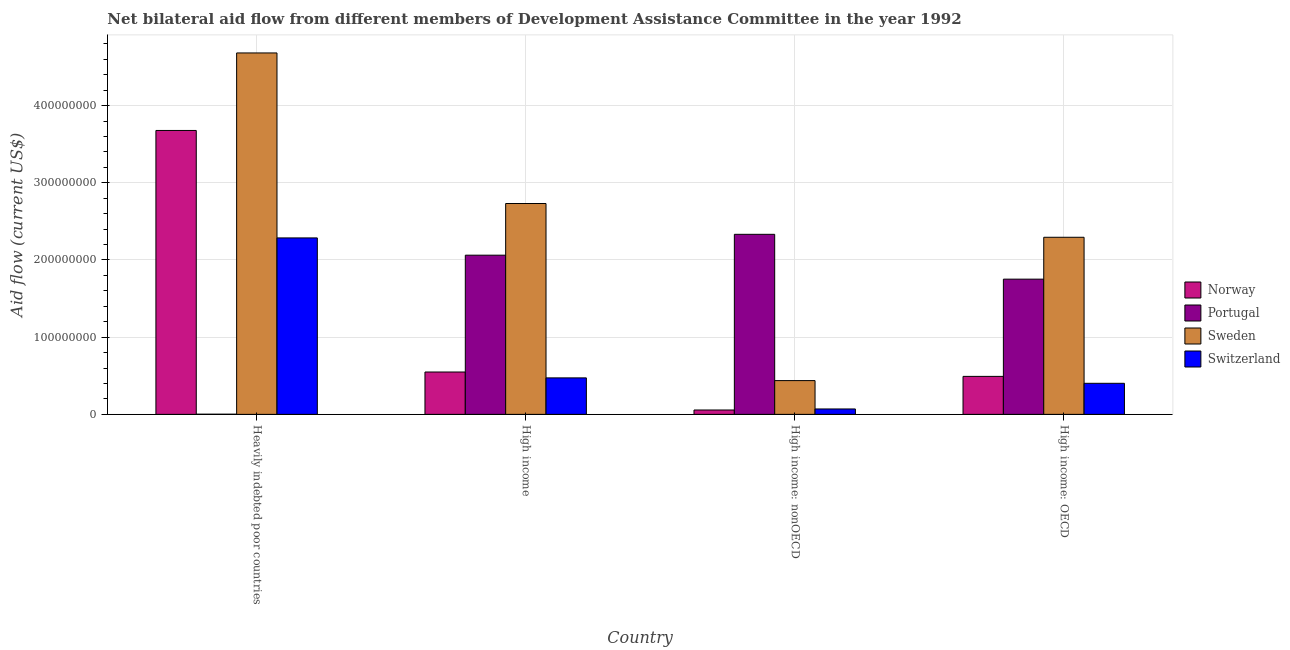
| Country | Norway | Portugal | Sweden | Switzerland |
 | --- | --- | --- | --- | --- |
 | Heavily indebted poor countries | 3.68e+08 | 2.2e+05 | 4.68e+08 | 2.29e+08 |
 | High income | 5.49e+07 | 2.06e+08 | 2.73e+08 | 4.73e+07 |
 | High income: nonOECD | 5.67e+06 | 2.33e+08 | 4.38e+07 | 7.02e+06 |
 | High income: OECD | 4.92e+07 | 1.75e+08 | 2.29e+08 | 4.02e+07 |